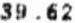
39.62